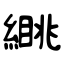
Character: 繉